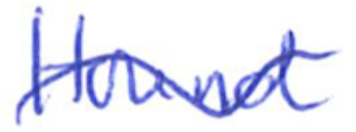
Text: Hound
Cross-out: wave
Writing tool: ballpoint